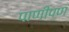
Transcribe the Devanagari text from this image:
पाणीपण